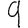
Digit: 9